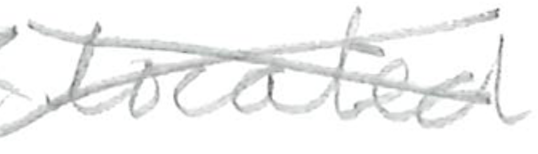
Text: located
Cross-out: mix
Writing tool: pencil